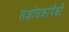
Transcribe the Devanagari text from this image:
संशोधकांपैकी